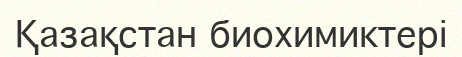
Қазақстан биохимиктері